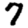
Digit: 7